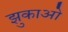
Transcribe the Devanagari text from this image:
झुकाओ